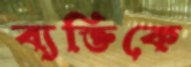
ব্যক্তিকে